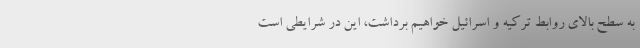
به سطح بالای روابط ترکیه و اسرائیل خواهیم برداشت، این در شرایطی است